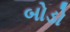
બોડો